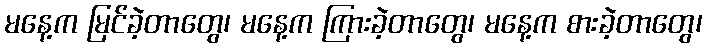
မနေ့က မြင်ခဲ့တာတွေ၊ မနေ့က ကြားခဲ့တာတွေ၊ မနေ့က စားခဲ့တာတွေ၊